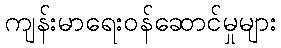
ကျန်းမာရေးဝန်ဆောင်မှုများ